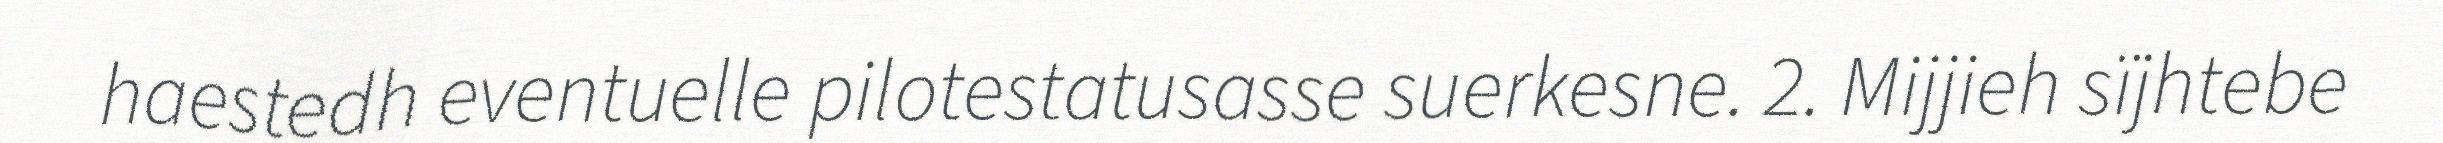
haestedh eventuelle pilotestatusasse suerkesne. 2. Mijjieh sïjhtebe